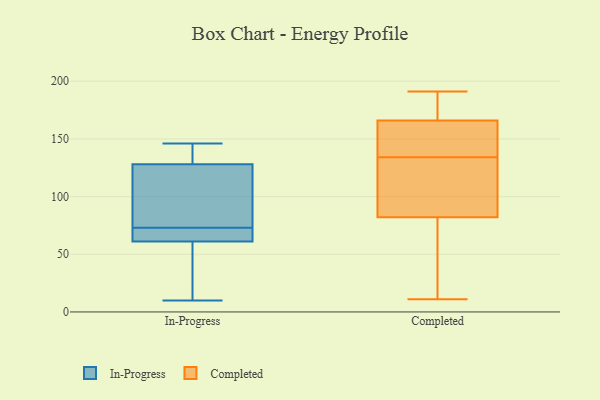
{"axis": {"x": "Production Output", "y": "Value"}, "legend": ["Completed", "In-Progress"], "data": [{"x": "", "y": 61, "type": "In-Progress"}, {"x": "", "y": 143, "type": "In-Progress"}, {"x": "", "y": 77, "type": "In-Progress"}, {"x": "", "y": 69, "type": "In-Progress"}, {"x": "", "y": 137, "type": "In-Progress"}, {"x": "", "y": 146, "type": "In-Progress"}, {"x": "", "y": 27, "type": "In-Progress"}, {"x": "", "y": 61, "type": "In-Progress"}, {"x": "", "y": 10, "type": "In-Progress"}, {"x": "", "y": 119, "type": "In-Progress"}, {"x": "", "y": 66, "type": "In-Progress"}, {"x": "", "y": 95, "type": "In-Progress"}, {"x": "", "y": 48, "type": "Completed"}, {"x": "", "y": 82, "type": "Completed"}, {"x": "", "y": 105, "type": "Completed"}, {"x": "", "y": 165, "type": "Completed"}, {"x": "", "y": 191, "type": "Completed"}, {"x": "", "y": 166, "type": "Completed"}, {"x": "", "y": 163, "type": "Completed"}, {"x": "", "y": 11, "type": "Completed"}, {"x": "", "y": 89, "type": "Completed"}, {"x": "", "y": 187, "type": "Completed"}]}